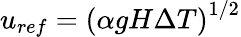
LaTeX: u_{ref}=\left(\alpha gH\Delta T\right)^{1/2}